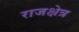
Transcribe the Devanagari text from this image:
राजक्षेत्र